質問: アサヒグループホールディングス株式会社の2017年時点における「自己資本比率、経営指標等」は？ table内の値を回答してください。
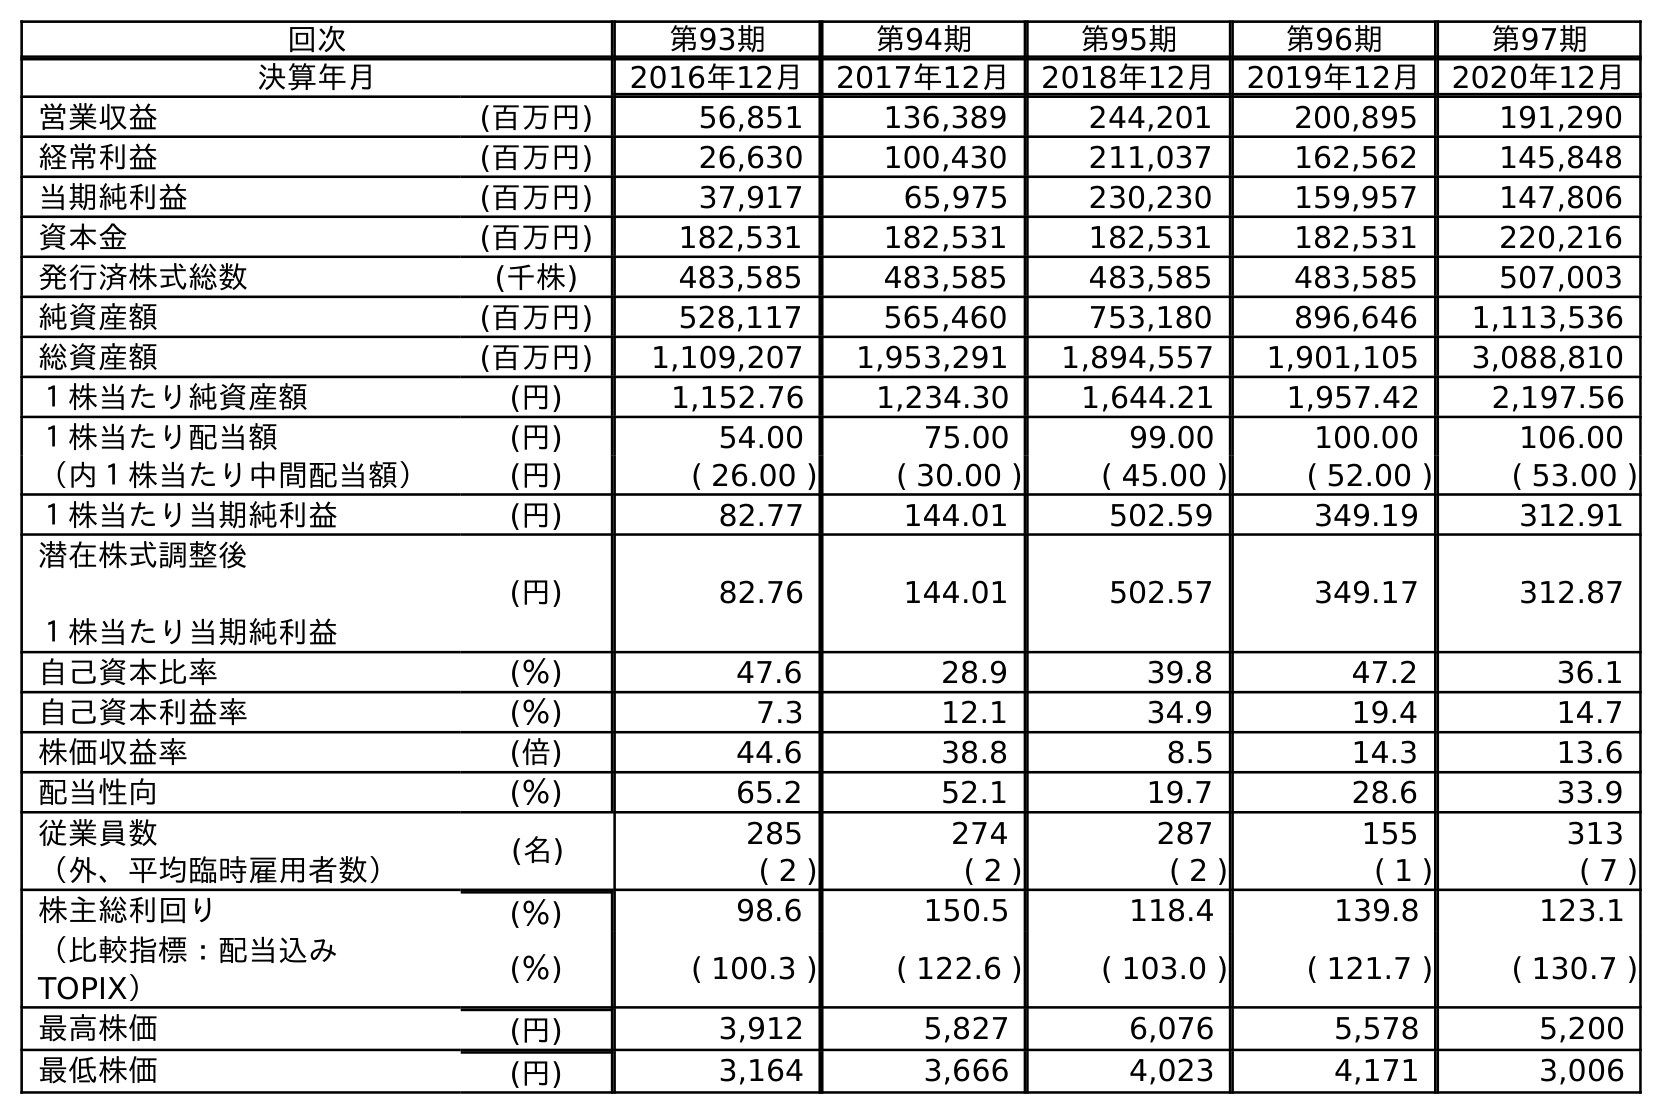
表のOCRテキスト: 回次 第93期 第94期 第95期 第96期 第97期 決算年月 2016年12月 2017年12月 2018年12月 2019年12月 2020年12月 営業収益 (百万円) 56,851 136,389 244,201 200,895 191,290 経常利益 (百万円) 26,630 100,430 211,037 162,562 145,848 当期純利益 (百万円) 37,917 65,975 230,230 159,957 147,806 資本金 (百万円) 182,531 182,531 182,531 182,531 220,216 発行済株式総数 (千株) 483,585 483,585 483,585 483,585 507,003 純資産額 (百万円) 528,117 565,460 753,180 896,646 1,113,536 総資産額 (百万円) 1,109,207 1,953,291 1,894,557 1,901,105 3,088,810 １株当たり純資産額 (円) 1,152.76 1,234.30 1,644.21 1,957.42 2,197.56 １株当たり配当額 (円) 54.00 75.00 99.00 100.00 106.00 （内１株当たり中間配当額） (円) ( 26.00 ) ( 30.00 ) ( 45.00 ) ( 52.00 ) ( 53.00 ) １株当たり当期純利益 (円) 82.77 144.01 502.59 349.19 312.91 潜在株式調整後 １株当たり当期純利益 (円) 82.76 144.01 502.57 349.17 312.87 自己資本比率 (％) 47.6 28.9 39.8 47.2 36.1 自己資本利益率 (％) 7.3 12.1 34.9 19.4 14.7 株価収益率 (倍) 44.6 38.8 8.5 14.3 13.6 配当性向 (％) 65.2 52.1 19.7 28.6 33.9 従業員数 (名) 285 274 287 155 313 （外、平均臨時雇用者数） ( 2 ) ( 2 ) ( 2 ) ( 1 ) ( 7 ) 株主総利回り (％) 98.6 150.5 118.4 139.8 123.1 （比較指標：配当込み TOPIX） (％) ( 100.3 ) ( 122.6 ) ( 103.0 ) ( 121.7 ) ( 130.7 ) 最高株価 (円) 3,912 5,827 6,076 5,578 5,200 最低株価 (円) 3,164 3,666 4,023 4,171 3,006
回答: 28.9